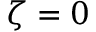
\zeta = 0